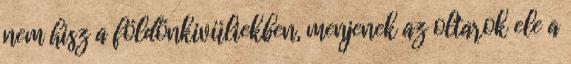
nem hisz a földönkivüliekben, menjenek az oltarok ele a